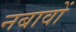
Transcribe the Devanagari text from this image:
नबावों